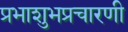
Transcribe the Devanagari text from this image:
प्रभाशुभप्रचारणी